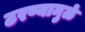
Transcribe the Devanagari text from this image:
ठरण्यामुळे